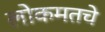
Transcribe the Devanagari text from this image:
लोकमतचे